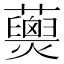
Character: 𧄖